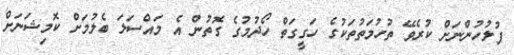
ފުލުހުންނަށް ކުރެވޭ ތުހުމަތުތަކުގެ ހަގީގަތް ހޯދުމުގެ ގޮތުން އެ މައްސަލަ ބެލުމަށް ކޮމިޝަނަށް